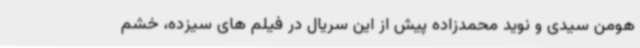
هومن سیدی و نوید محمدزاده پیش از این سریال در فیلم های سیزده، خشم